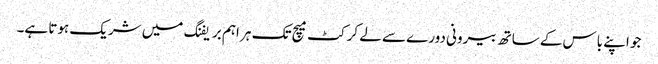
جو اپنے باس کے ساتھ بیرونی دورے سے لے کرکٹ میچ تک ہر اہم بریفنگ میں شریک ہوتا ہے۔